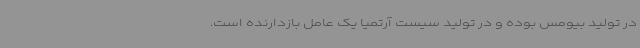
در تولید بیومس بوده و در تولید سیست آرتمیا یک عامل بازدارنده است.